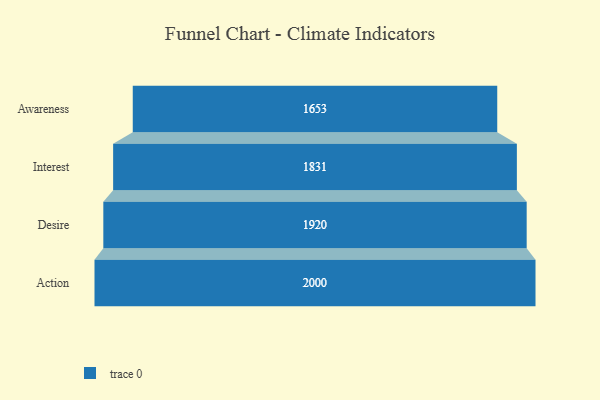
{"axis": {"x": "Stage", "y": "Value"}, "legend": [""], "data": [{"x": "Awareness", "y": 1653.0, "type": ""}, {"x": "Interest", "y": 1831.0, "type": ""}, {"x": "Desire", "y": 1920.0, "type": ""}, {"x": "Action", "y": 2000, "type": ""}]}